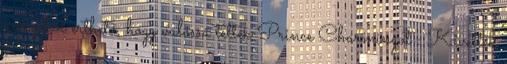
annyiból érthető, hogy valóssá tették Prince Charmingot : Kivették